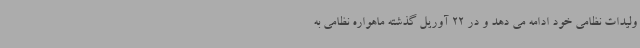
ولیدات نظامی خود ادامه می دهد و در 22 آوریل گذشته ماهواره نظامی به